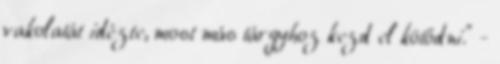
vakolatát idézte, most más tárgyhoz kezd el kötődni." -